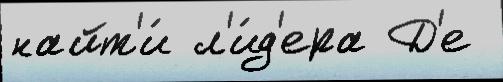
найт'и́ л'и́д'ера Д'е